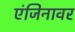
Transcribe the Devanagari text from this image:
एंजिनावर